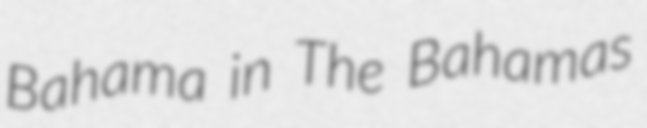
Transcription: Bahama in The Bahamas